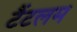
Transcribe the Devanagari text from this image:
टैंटलम